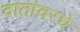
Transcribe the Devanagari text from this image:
दातांवरचे